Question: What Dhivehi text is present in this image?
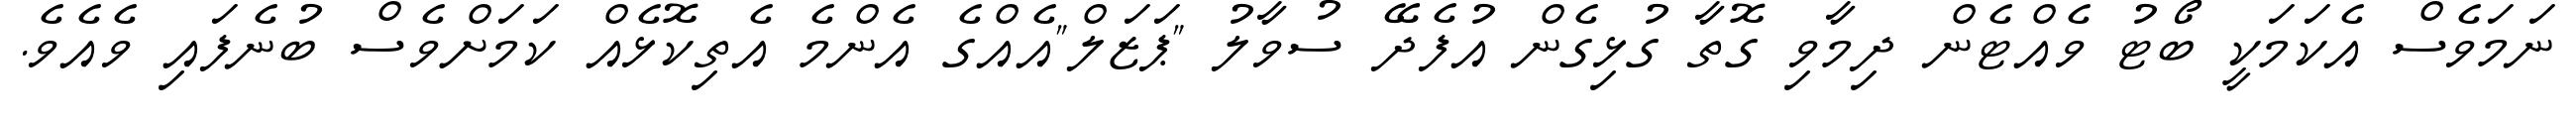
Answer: ނަމަވެސް އެކަމަކީ ބޯޓު ވެއްޓެން ދިމާވި ގޮތާ ގުޅިގެން އުފެދޭ ސުވާލު "ޕަޒަލް"އެއްގެ އެންމެ އެތިކޮޅެއް ކަމަށްވެސް ބުނެފައި ވެއެވެ.